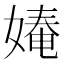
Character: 𭒎